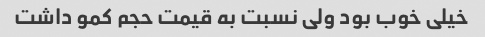
خیلى خوب بود ولى نسبت به قیمت حجم کمو داشت